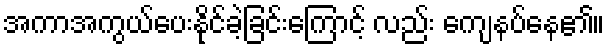
အကာအကွယ်ပေးနိုင်ခဲ့ခြင်းကြောင့် လည်း ကျေနပ်နေ၏။